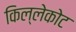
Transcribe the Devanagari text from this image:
किल्लेकोट